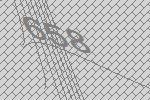
658